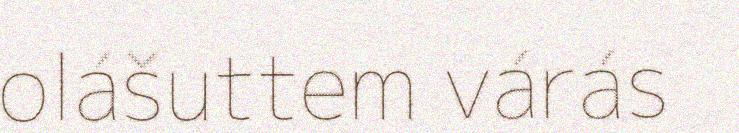
olášuttem várás